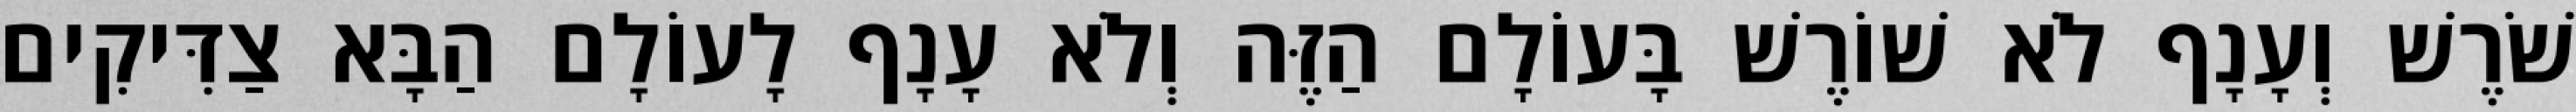
שֹׁרֶשׁ וְעָנָף לֹא שׁוֹרֶשׁ בָּעוֹלָם הַזֶּה וְלֹא עָנָף לָעוֹלָם הַבָּא צַדִּיקִים